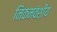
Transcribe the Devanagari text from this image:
निकमवंशीय